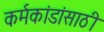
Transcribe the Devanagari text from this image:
कर्मकांडांसाठी